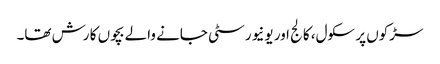
سڑکوں پر سکول، کالج اور یونیورسٹی جانے والے بچوں کا رش تھا۔